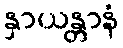
နှာယန္တာနံ